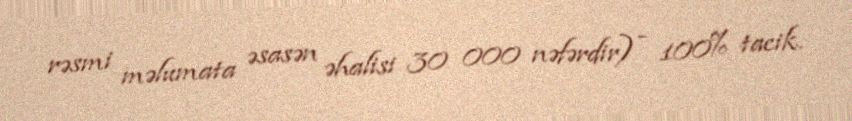
rəsmi məlumata əsasən əhalisi 30 000 nəfərdir) - 100% tacik.